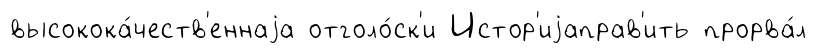
высокока́честв'еннаjа отголо́ск'и Истор'иjаправ'ить прорва́л